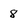
Character: 8